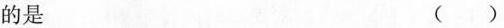
的是 ()